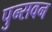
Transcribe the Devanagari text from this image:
पुन्सवन